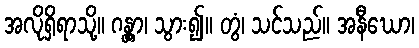
အလိုရှိရာသို့။ ဂန္တွာ၊ သွား၍။ တွံ၊ သင်သည်။ အနီဃော၊